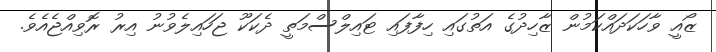
ޒޯއީ ވާހަކަދައްކަމުން ޒާހިދުގެ އަތުގައި ހިފާފައި ޓައިލްސްމަތީ ދެކަކޫ ޖަހައިލެވުނު އިރު ރޮވިއްޖެއެވެ.